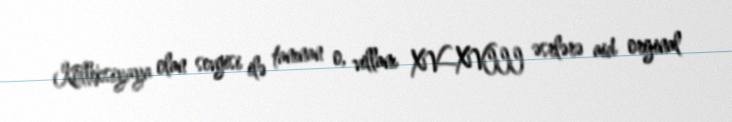
Kolleksiyaya olan sevgisi ilə tanınan o, villanı XV—XVIII əsrlərə aid orijinal